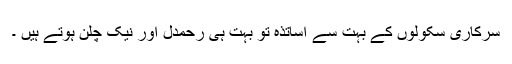
سرکاری سکولوں کے بہت سے اساتذہ تو بہت ہی رحمدل اور نیک چلن ہوتے ہیں ۔